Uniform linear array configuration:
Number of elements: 16
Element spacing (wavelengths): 0.25
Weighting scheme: binomial
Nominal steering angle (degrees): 60
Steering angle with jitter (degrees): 58.791
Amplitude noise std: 0.05
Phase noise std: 0.05

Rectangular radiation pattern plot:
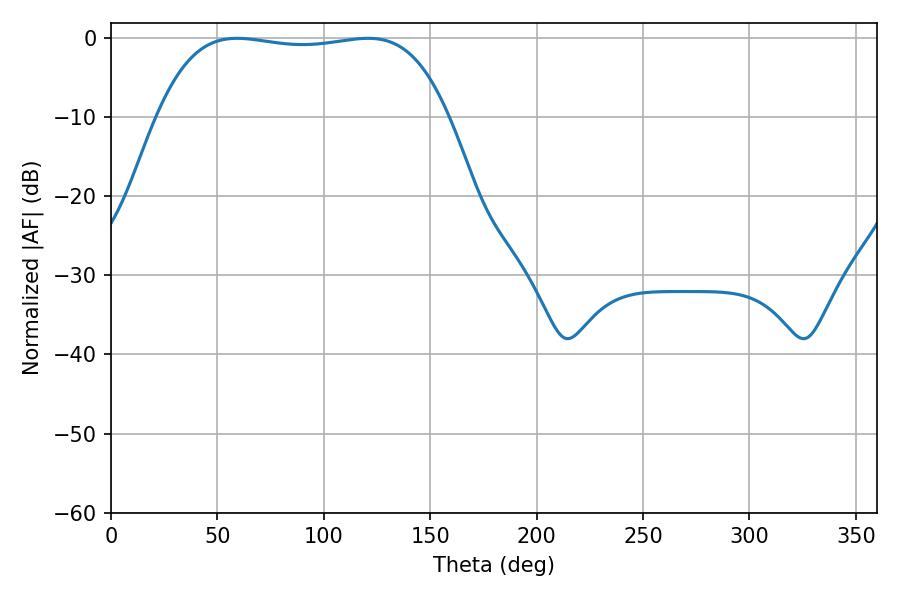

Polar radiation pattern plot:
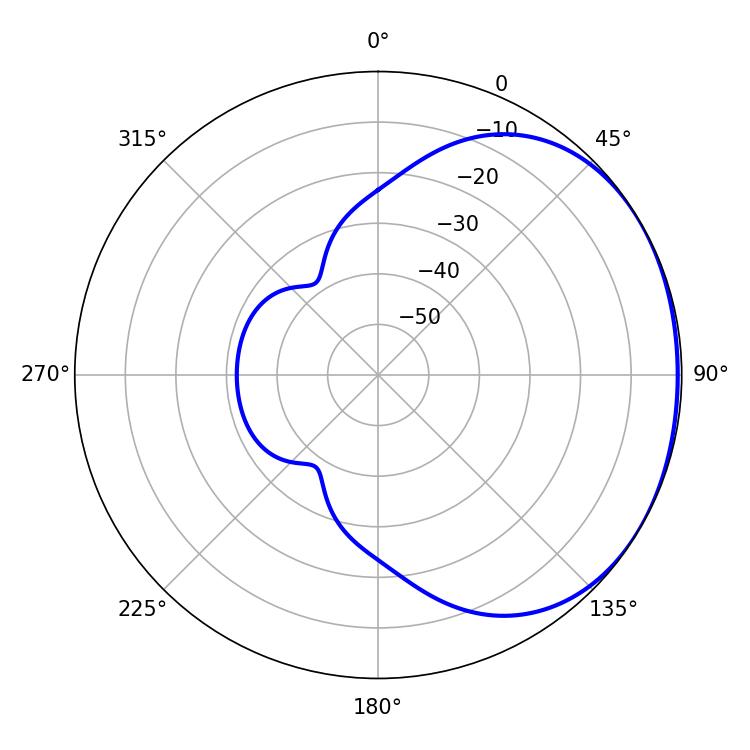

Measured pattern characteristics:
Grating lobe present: FALSE
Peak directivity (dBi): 1.221
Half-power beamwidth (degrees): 108
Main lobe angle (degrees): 59.22